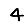
Digit: 4